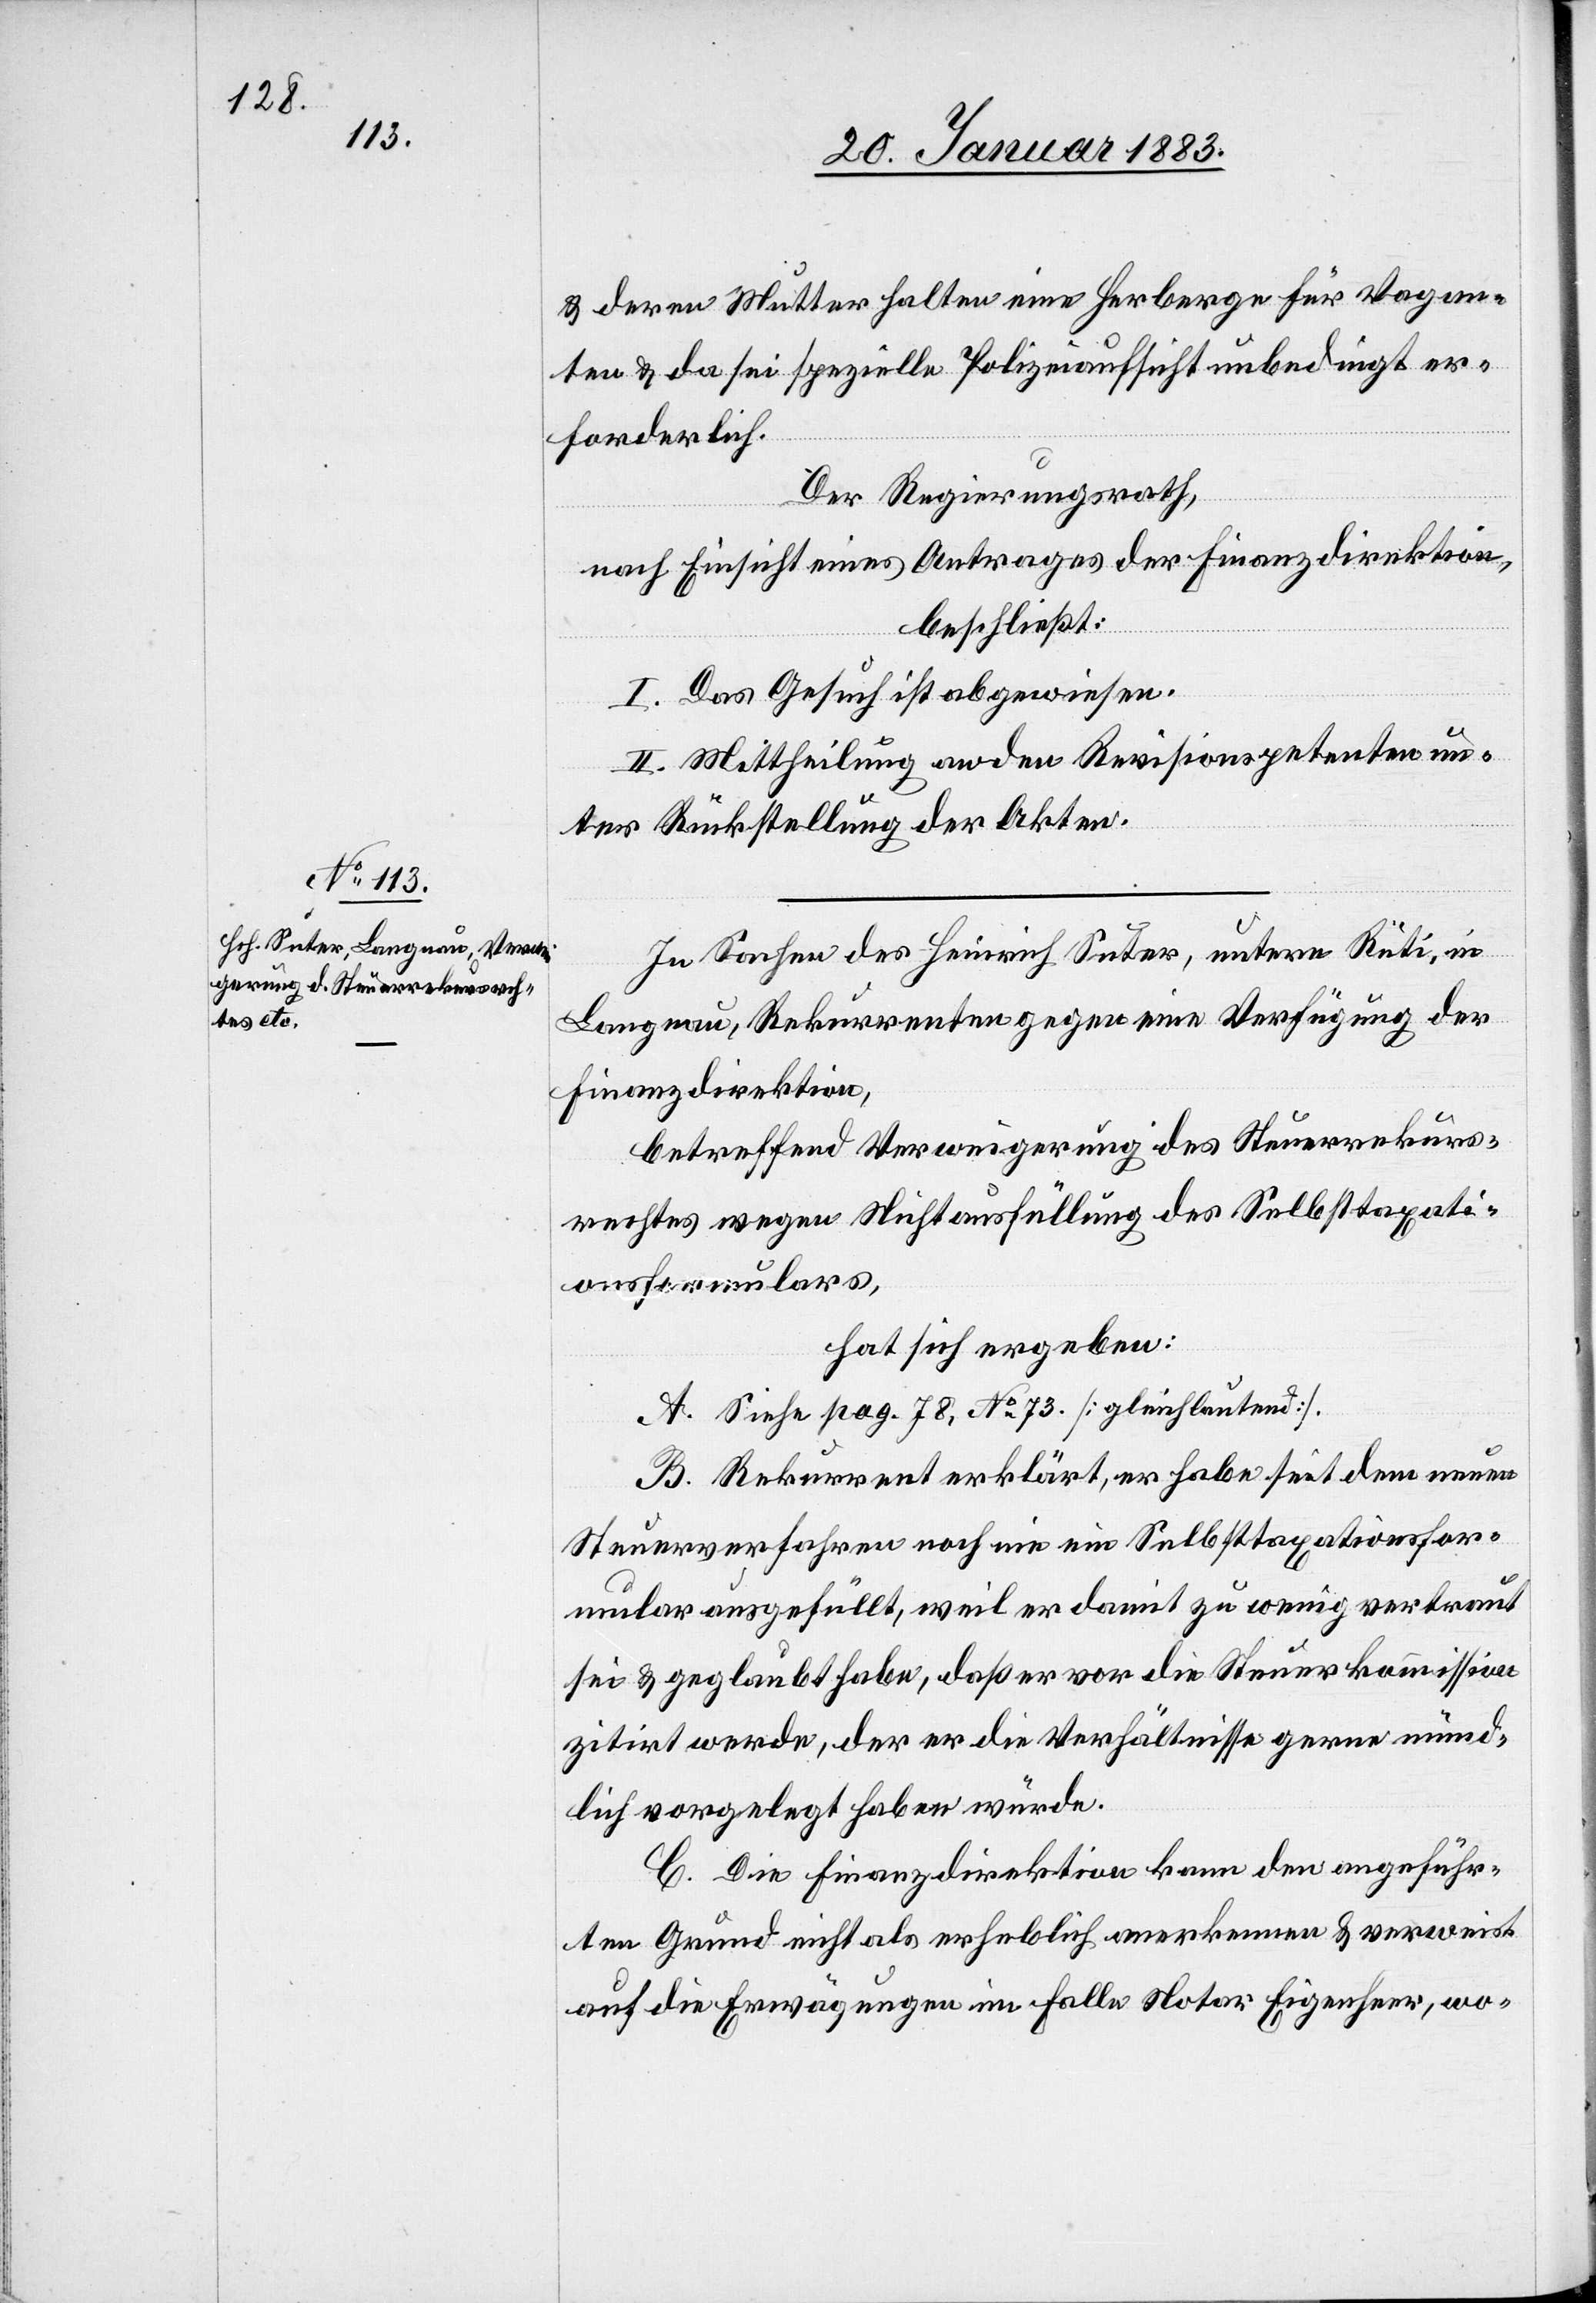
& deren Mutter halten eine Herberge für Vagan¬
ten & da sei spezielle Polizeiaufsicht unbedingt er¬
forderlich.
Der Regierungsrath,
nach Einsicht eines Antrages der Finanzdirektion,
beschließt:
I. Das Gesuch ist abgewiesen.
II. Mittheilung an den Revisionspetenten un¬
ter Rückstellung der Akten.
In Sachen des Heinrich Suter, untere Rüti, in
Langnau, Rekurrenten gegen eine Verfügung der
Finanzdirektion,
betreffend Verweigerung des Steuerrekurs¬
rechtes wegen Nichtausfüllung des Selbstaxati¬
onsformulars,
hat sich ergeben:
A. Siehe pag. 78, No 73. [gleichlautend].
B. Rekurrent erklärt, er habe seit dem neuen
Steuerverfahren noch nie ein Selbstaxationsfor¬
mular ausgefüllt, weil er damit zu wenig vertraut
sei & geglaubt habe, daß er vor die Steuerkommission
zitirt werde, der er die Verhältnisse gerne münd¬
lich vorgelegt haben würde.
C. Die Finanzdirektion kann den angeführ¬
ten Grund nicht als erheblich anerkennen & verweist
auf die Erwägungen im Falle Notar Eigenheer, wo-